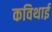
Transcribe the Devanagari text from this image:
कविथाई